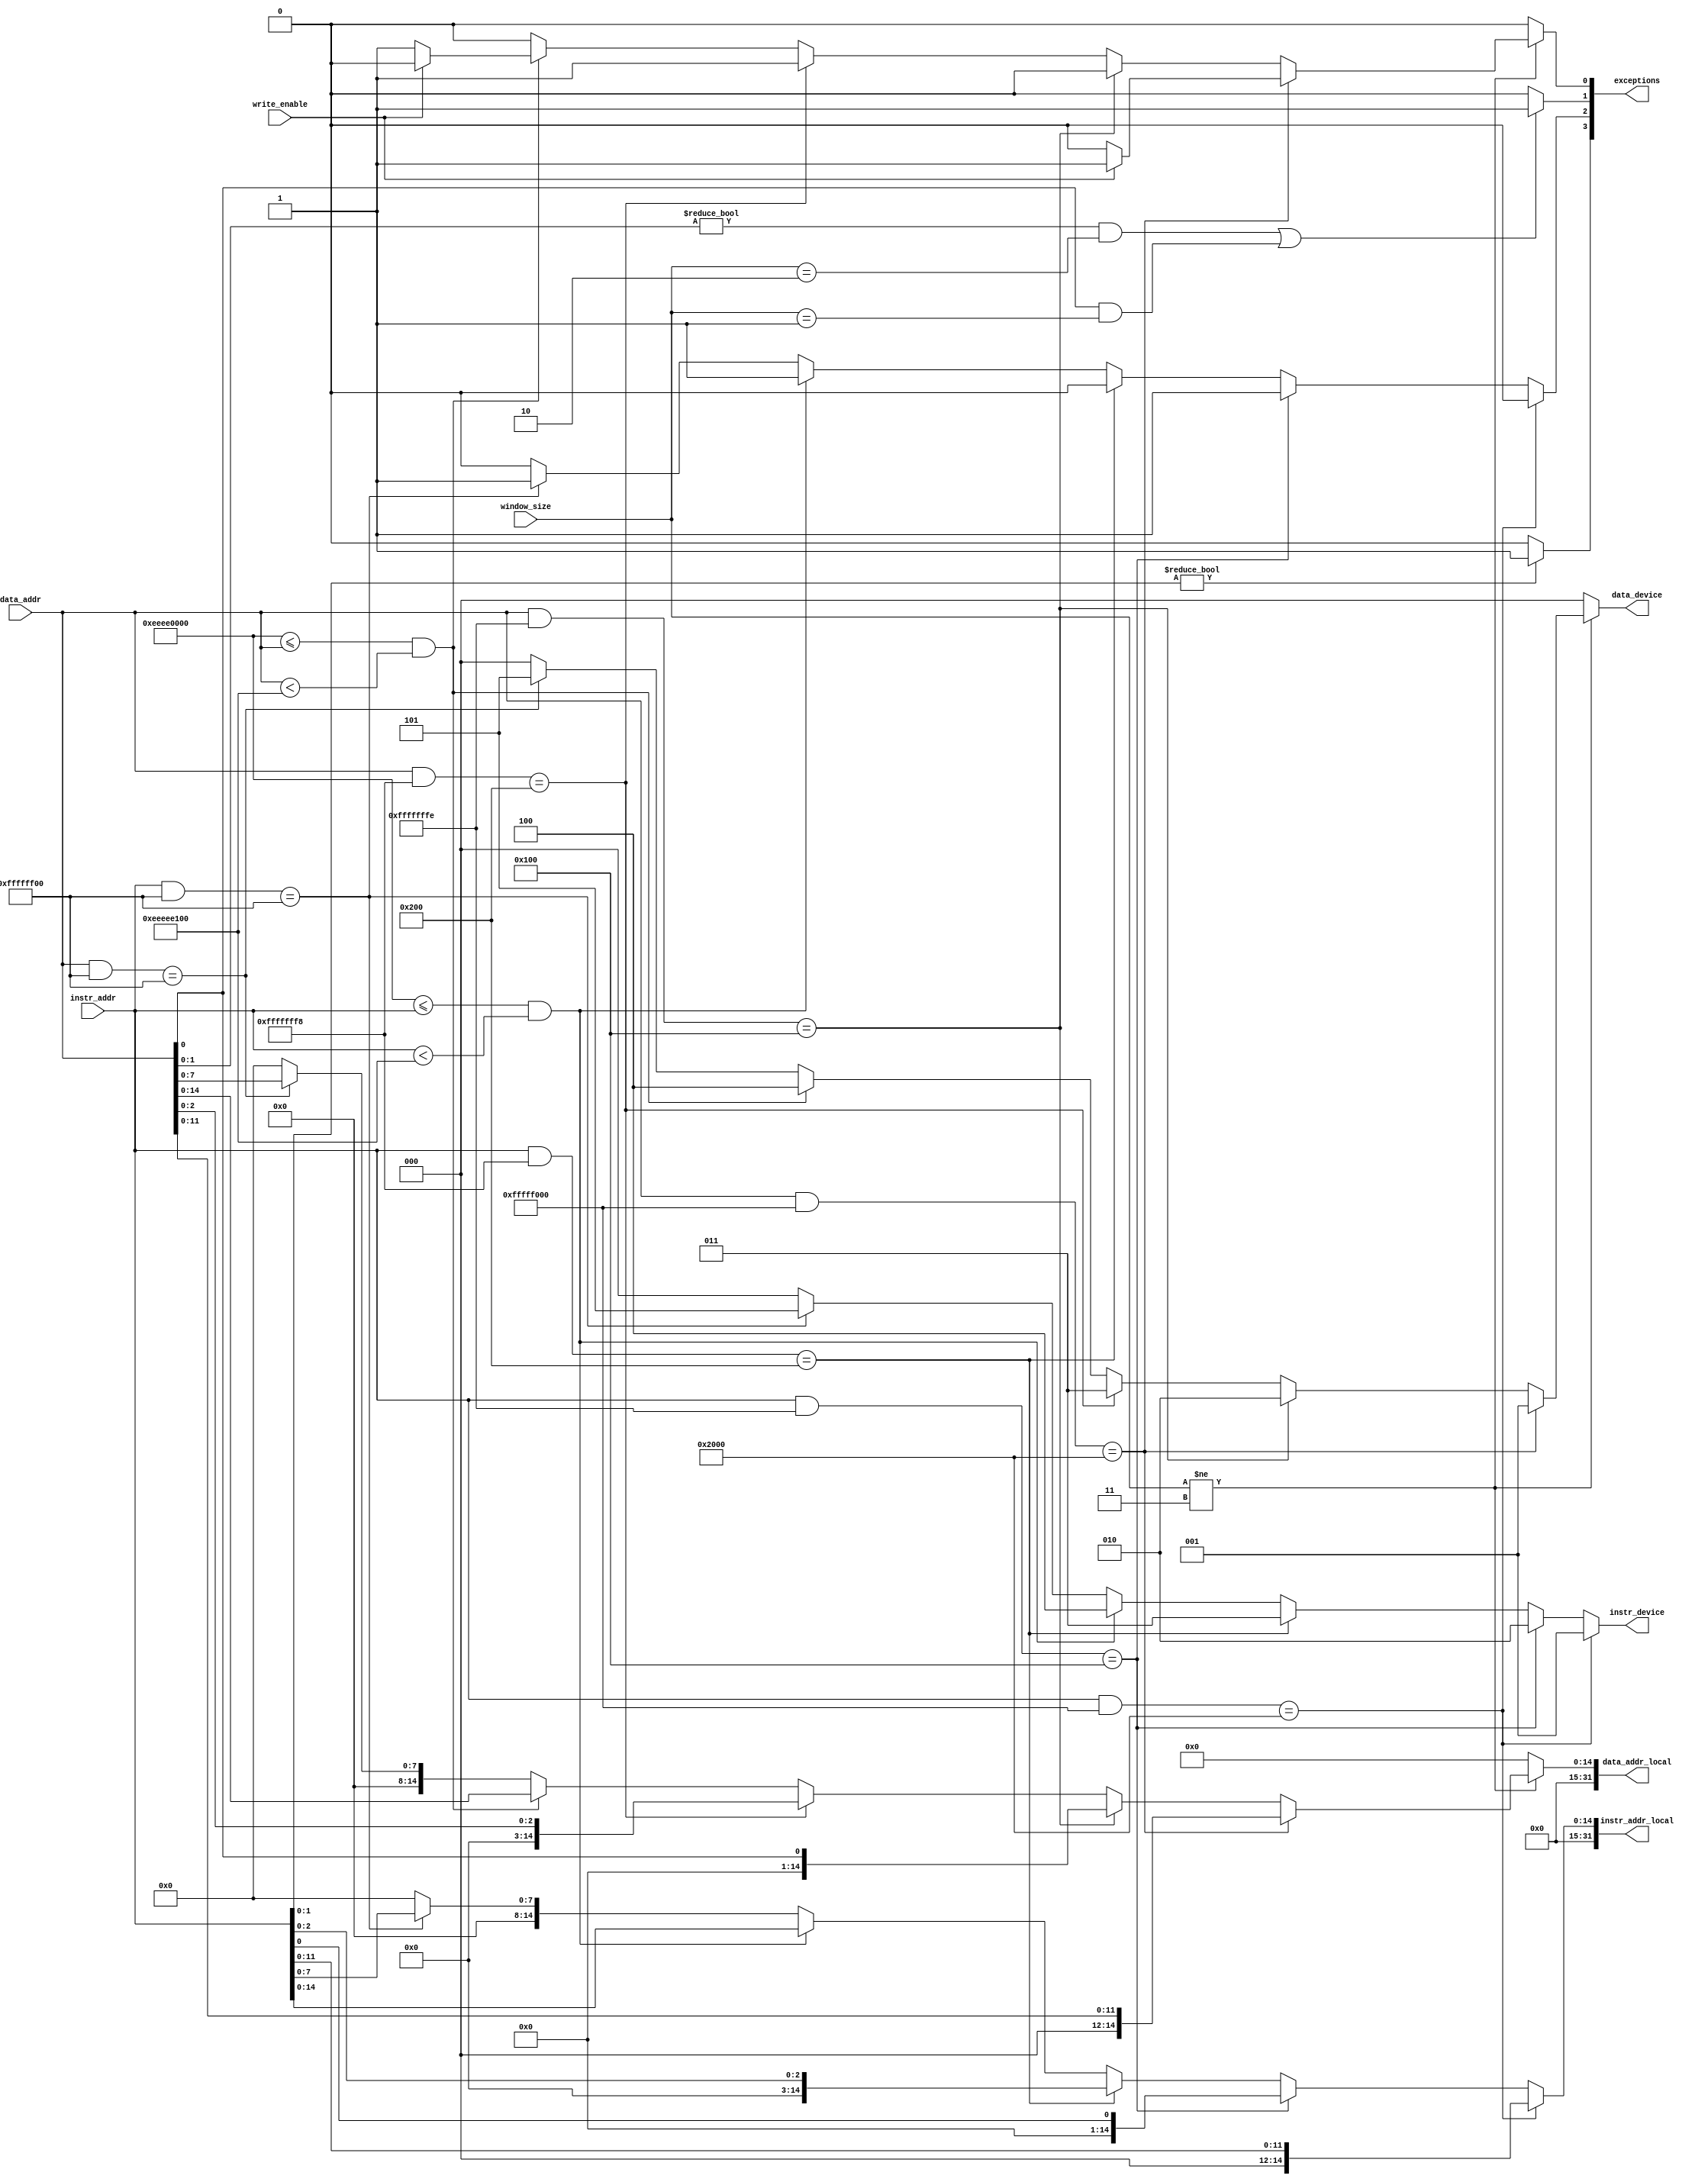
// No Copyright. Vladislav Aleinik, 2020
//=============================================================================
// Memory Controller                    
//=============================================================================
// - All data to and from devices passes through Memory Controller 
// - Converts physical address to device id and local device address
// - Performs checks to read/write/execute code from device memory
//=============================================================================
module MemoryController(
	input [31:0] data_addr,
	input [31:0]instr_addr,

	input write_enable,
	input [1:0]window_size,

	output reg [31:0]data_addr_local,
	output reg [ 2:0]data_device,

	output reg [31:0]instr_addr_local,
	output reg [ 2:0]instr_device,

	output reg [3:0]exceptions
);

//==================//
// Read Only Memory //
//==================//
// Mapped at 0x00002000 - 0x00002FFF 
// Device Id = 1
// Read      = Yes
// Write     = No
// Execute   = Yes

wire [11:0]rom_addr_data  =  data_addr[11:0];
wire [11:0]rom_addr_instr = instr_addr[11:0];

//=============//
// Hex Display //
//=============//
// Mapped at 0x00000100 - 0x00000101
// Device Id = 2
// Read      = Yes
// Write     = Yes
// Execute   = No

wire hex_addr_data  =  data_addr[0];
wire hex_addr_instr = instr_addr[0];

//===================//
// Uart Input Buffer //
//===================//
// Mapped at 0x00000200 - 0x00000207
// Device Id = 3
// Read      = No
// Write     = No
// Execute   = Yes

wire [2:0]uart_addr_data  =  data_addr[2:0];
wire [2:0]uart_addr_instr = instr_addr[2:0];

//==========================//
// VGA 160x120 Video Memory // 
//==========================//
// Mapped at 0xEEEE0000 - 0xEEEEE0FF
// Device Id = 4
// Read      = No 
// Write     = Yes
// Execute   = No 

wire [14:0]vga_addr_data  =  data_addr[14:0];
wire [14:0]vga_addr_instr = instr_addr[14:0];

//=======//
// Stack //
//=======//
// Mapped at 0xFFFFFF00 - 0xFFFFFFFF
// Device Id = 5
// Read      = Yes
// Write     = Yes
// Execute   = No

wire [7:0]stack_addr_data  =  data_addr[7:0];
wire [7:0]stack_addr_instr = instr_addr[7:0];

always @(*) begin
//---------------------------//
// Perform Read/Write Checks //
//---------------------------//
	if (window_size != 2'b11) begin
		// ROM:
		if ((data_addr & 32'hFFFFF000) == 32'h00002000) begin
			data_device     = 1;
			data_addr_local = rom_addr_data;

			if (write_enable) begin
				exceptions[0] = 1;
				$display("[MEMORY-CONTROLLER] ROM write forbidden!");
			end
			else exceptions[0] = 0;
		end

		// Hex Display:
		else if ((data_addr & 32'hFFFFFFFE) == 32'h00000100) begin
			data_device     = 2;
			data_addr_local = hex_addr_data;

			exceptions[0] = 0;
		end

		// Uart Input Buffer:
		else if ((data_addr & 32'hFFFFFFF8) == 32'h00000200) begin
			data_device     = 3;
			data_addr_local = uart_addr_data;

			exceptions[0] = 1;
			$display("[MEMORY-CONTROLLER] UART input buffer read/write forbidden!");
		end

		// VGA Video Memory:
		else if (32'hEEEE0000 <= data_addr && data_addr < 32'hEEEEE100) begin
			data_device     = 4;
			data_addr_local = vga_addr_data;

			if (!write_enable) begin
				exceptions[0] = 1;
				$display("[MEMORY-CONTROLLER] VGA memory read forbidden!");
			end
			else exceptions[0] = 0;
		end

		// Stack:
		else if ((data_addr & 32'hFFFFFF00) == 32'hFFFFFF00) begin
			data_device     = 5;
			data_addr_local = stack_addr_data;

			exceptions[0] = 0;
		end

		// Default case:
		else begin
			exceptions[0]   = 0;
			data_device     = 0;
			data_addr_local = 0;
		end
	end
	else begin
		exceptions[0]   = 0;
		data_device     = 0;
		data_addr_local = 0;
	end
	
	// Check for data access address alignment:
	if (data_addr[1:0] != 0 && window_size == 2'b10 ||
		data_addr[  0] != 0 && window_size == 2'b01) begin
		exceptions[1] = 1;
		$display("[MEMORY-CONTROLLER] Unaligned data read/write!");
	end
	else exceptions[1] = 0;

//--------------------------//
// Perform Execution Checks //
//--------------------------//
	// ROM:
	if ((instr_addr & 32'hFFFFF000) == 32'h00002000) begin
		instr_device     = 1;
		instr_addr_local = rom_addr_instr;

		exceptions[2] = 0;
	end

	// Hex Display:
	else if ((instr_addr & 32'hFFFFFFFE) == 32'h00000100) begin
		instr_device     = 2;
		instr_addr_local = hex_addr_instr;

		exceptions[2] = 1;
		$display("[MEMORY-CONTROLLER] Hex Display instruction fetch forbidden!");
	end

	// Uart Input Buffer:
	else if ((instr_addr & 32'hFFFFFFF8) == 32'h00000200) begin
		instr_device     = 3;
		instr_addr_local = uart_addr_instr;

		exceptions[2] = 0;
	end

	// VGA Video Memory:
	else if (32'hEEEE0000 <= instr_addr && instr_addr < 32'hEEEEE100) begin
		instr_device     = 4;
		instr_addr_local = vga_addr_instr;

		exceptions[2] = 1;
		$display("[MEMORY-CONTROLLER] VGA memory instruction fetch forbidden!");
	end

	// Stack:
	else if ((instr_addr & 32'hFFFFFF00) == 32'hFFFFFF00) begin
		instr_device     = 5;
		instr_addr_local = stack_addr_instr;

		exceptions[2] = 1;
		$display("[MEMORY-CONTROLLER] Stack instruction fetch forbidden!");
	end

	// Default case:
	else begin
		exceptions[2]    = 0;
		instr_device     = 0;
		instr_addr_local = 0;
	end

	// Check for instruction fetch address alignment:
	if (instr_addr[1:0] != 0) begin
		exceptions[3] = 1;
		$display("[MEMORY-CONTROLLER] Unaligned instruction fetch!");
	end
	else exceptions[3] = 0;
end

endmodule